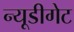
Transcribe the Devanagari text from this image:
न्यूडीगेट